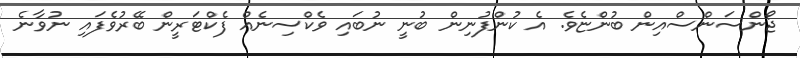
ޖޯންސަންސްއިން ބުންޏެވެ. އެ ކުންފުނިން ބުނީ ނުބައި ވެކްސިނެއް ފެކްޓަރީން ބޭރުވެފައި ނުވާނެ